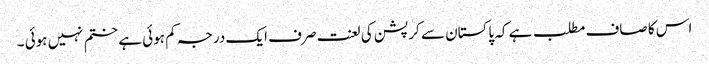
اس کا صاف مطلب ہے کہ پاکستان سے کرپشن کی لعنت صرف ایک درجہ کم ہوئی ہے ختم نہیں ہوئی ۔